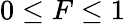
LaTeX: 0\leq F\leq 1